Indian journal of veterinary science and animal husbandry - Volume 12,
Year: 1942
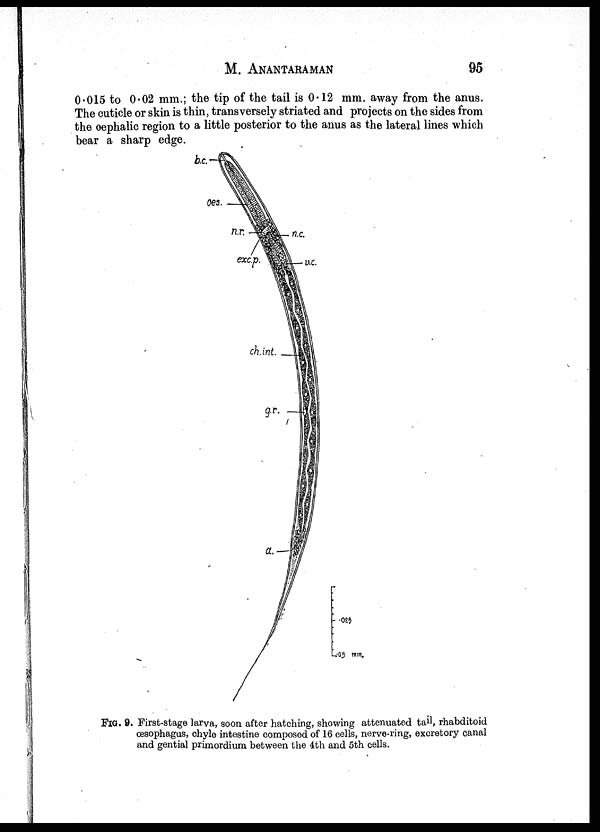
M.
ANANTARAMAN
95
0.015 to 0.02 mm.; the tip of the tail is 0.12 mm. away from the anus.
The cuticle or skin is thin, transversely striated and projects on the sides from
the oephalic region to a little posterior to the anus as the lateral lines which
bear a sharp edge.
FIG. 9. First-stage larva, soon after hatching, showing attenuated tail, rhabditoid
œsophagus, chyle intestine composed of 16 cells, nerve-ring, excretory canal
and gential primordium between the 4th and 5th cells.